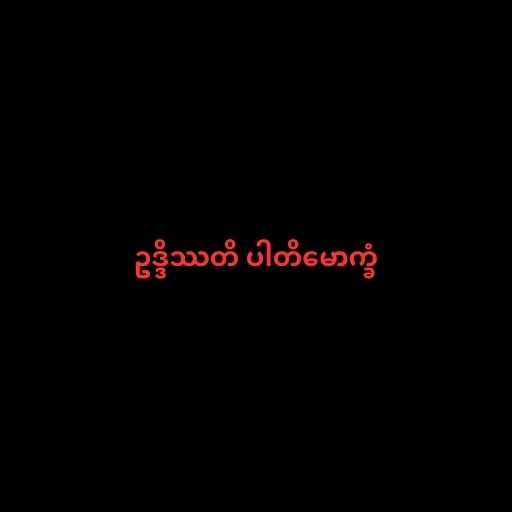
ဥဒ္ဒိဿတိ ပါတိမောက္ခံ